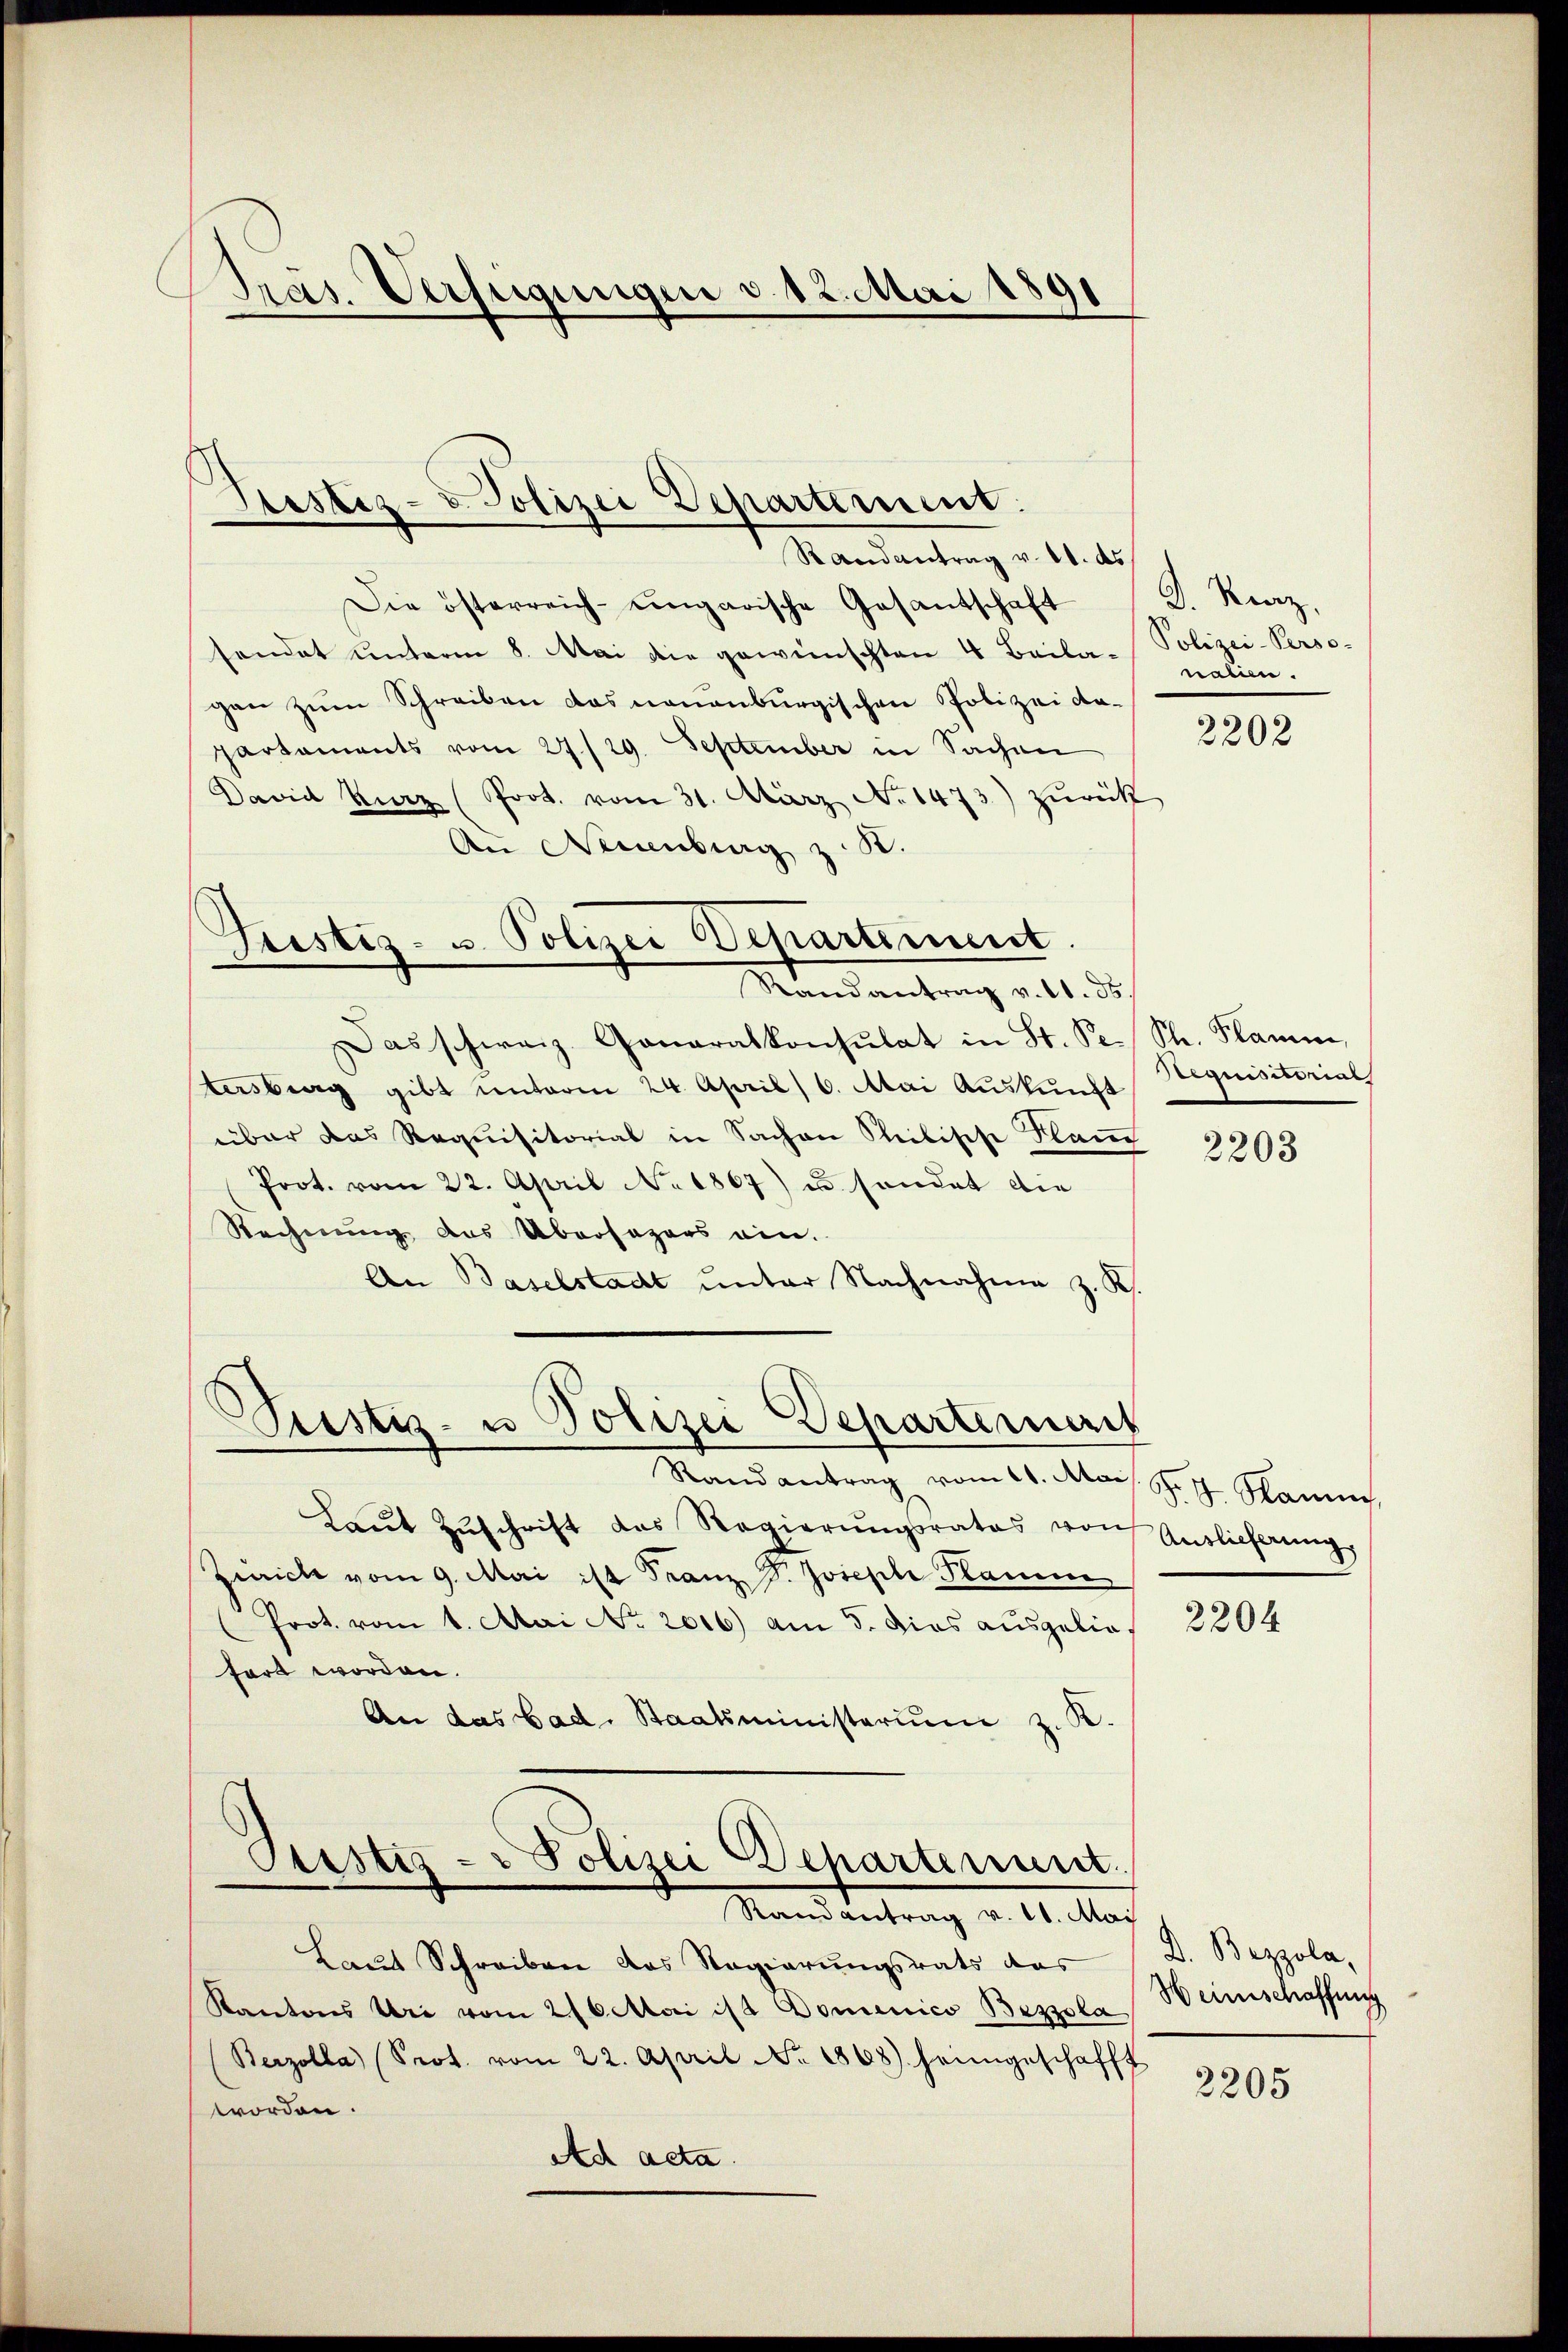
Präs. Verfügungen v. 12. Mai 1891

Randantrag v. 11. ds
Die österreich-ungarische Gesantschaft (K. Kraz,
sendet unterm 8. Mai die gewünschten 4 Baila-Polizei-Perso-
gan zŭm Schreiben das neuenburgischen Polizei da-
partaments vom 27./29. September in Sachen
David Kurz (Poot. vom 31. März No 1473) zŭrück
An Neuenburg z. B.
Trestiz- u. Polizei Departement.
Mandantrag d. d. d.
Das schweiz. Generalkonsulat in St. Pr. St. Flamm,
tersberg gibt unterm 24. April 6. Mai Auskunft
über das Requisitorial in Sachen Steibische Klang
Prot. vom 22. April No 1867) u. sondet die
Rechnung das Übersagers ein.
An Baselstadt ŭnter Nachnahme z. R.

ustiz- u Polizei Departerneres

Sistig - Polizei Departement.
Randantrag v. 10. Mai

Justiz- & Polizei Departement.

Randantrag vom 26. Mais. S. 7. Mann,
Laŭt Zŭschrift das Regierŭngsrates von Auslieferung
Zürich vom 9. Mai ist Franz P. Joseph Panie
Prot. vom 1. Mai No 2016) am 5. Dies ausgeliefort worden.
An das bad. Staatsministeriŭm z. B.

nalien.

Laut Schreiben das Regierungsrats das
Kantons Uri vom 216. Mai ist Domenico Bezzola
Berzolla (Prot. vom 22. April No 1868) heimgeschafft
worden.
Ad acta.

2202

Requisitorial

2203

2204

D. Bezzola,
Heimschaffung

2205